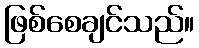
ဖြစ်စေချင်သည်။